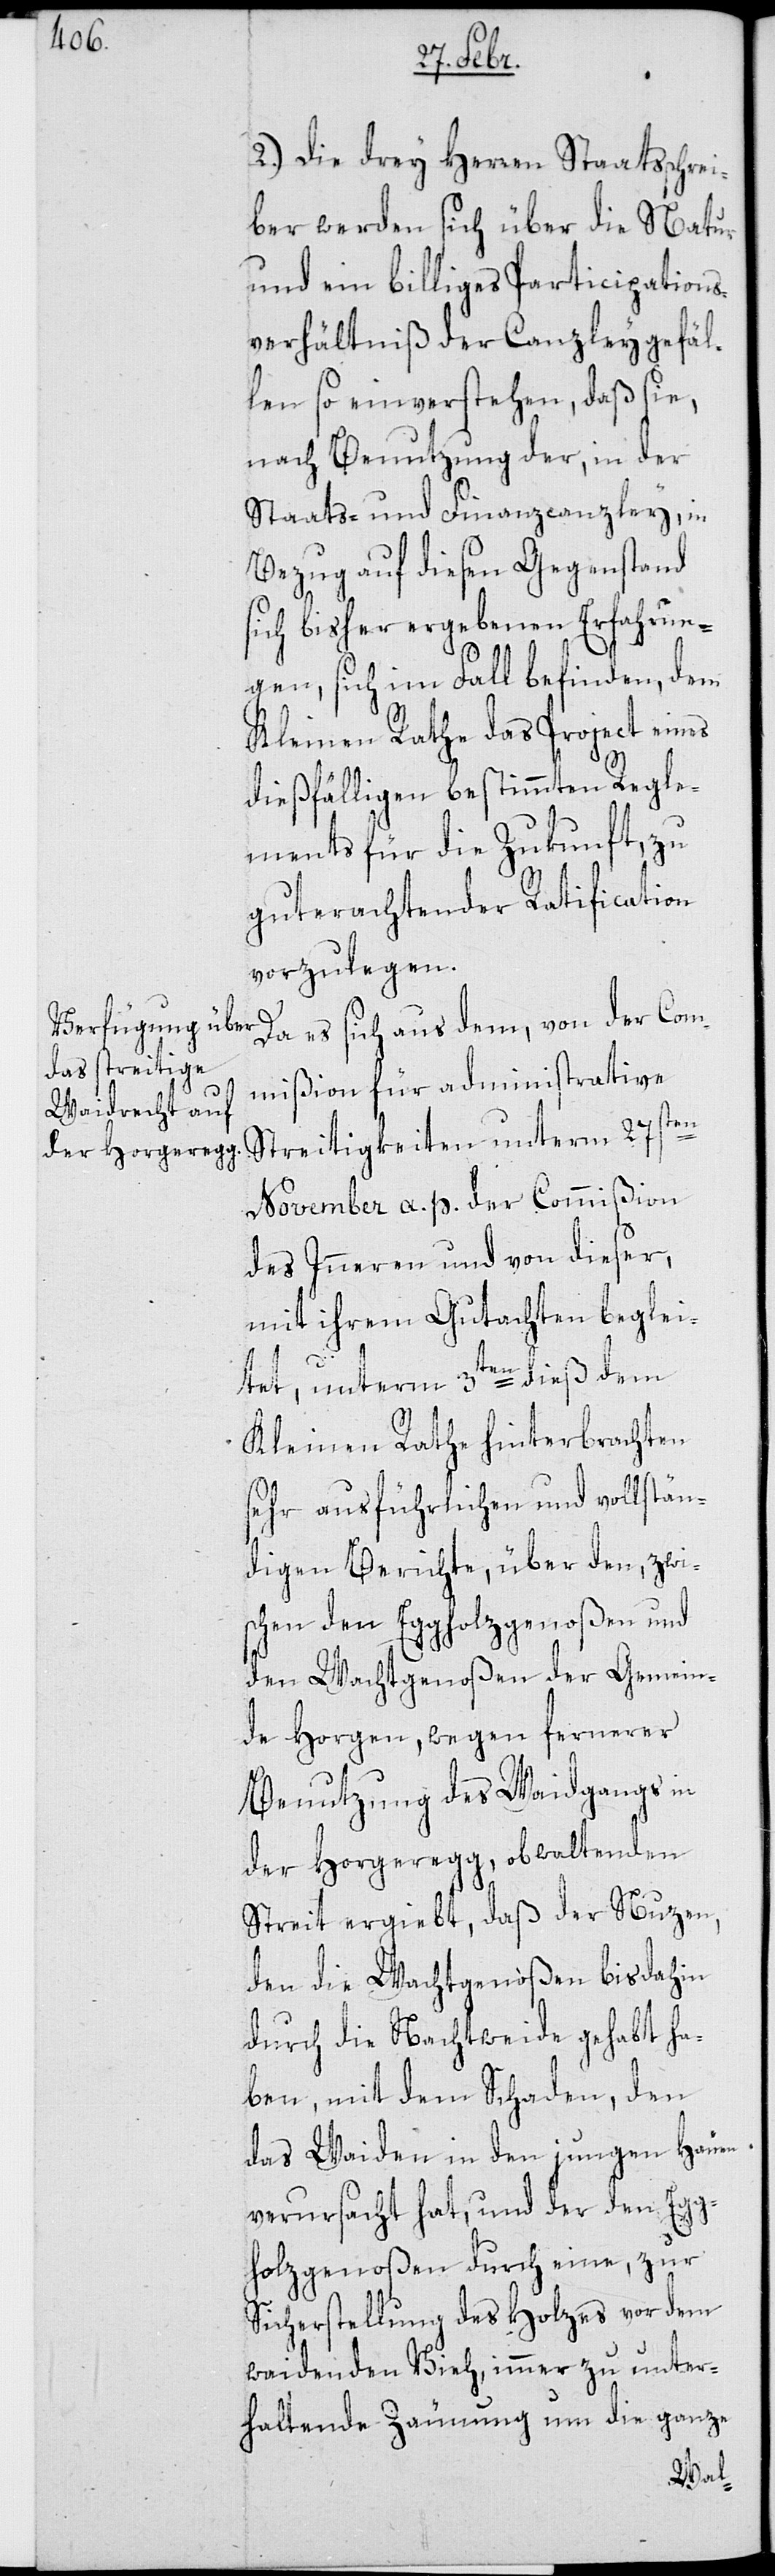
Da es sich aus dem, von der Com¬
mißion für administrative
Streitigkeiten unterm 27sten
November a. p. der Commißion
des Inneren und von dieser,
mit ihrem Gutachten beglei¬
tet, unterm 3ten dieß dem
Kleinen Rathe hinterbrachten
sehr ausführlichen und vollstän¬
digen Berichte, über den, zwi¬
schen den Eggholzgenoßen und
den Wachtgenoßen der Gemein¬
de Horgen, wegen fernerer
Benutzung des Waidgangs in
der Horgeregg obwaltenden
Streit ergiebt, daß der Nuzen,
den die Wachtgenoßen bisdahin
durch die Nachtweide gehabt ha¬
ben, mit dem Schaden, den
das Waiden in den jungen Häuen
verursacht hat, und der den Egg¬
holzgenoßen durch eine, zur
Sicherstellung des Holzes vor dem
waidenden Vieh, immer zu unter¬
haltende Zäunung um die ganze